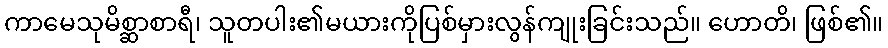
ကာမေသုမိစ္ဆာစာရီ၊ သူတပါး၏မယားကိုပြစ်မှားလွန်ကျုးခြင်းသည်။ ဟောတိ၊ ဖြစ်၏။